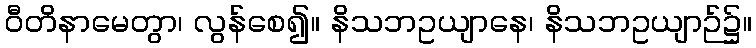
ဝီတိနာမေတွာ၊ လွန်စေ၍။ နိသဘဥယျာနေ၊ နိသဘဥယျာဉ်၌။